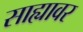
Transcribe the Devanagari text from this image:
साह्यावर